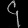
Digit: ၄